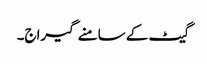
گیٹ کے سامنے گیراج۔